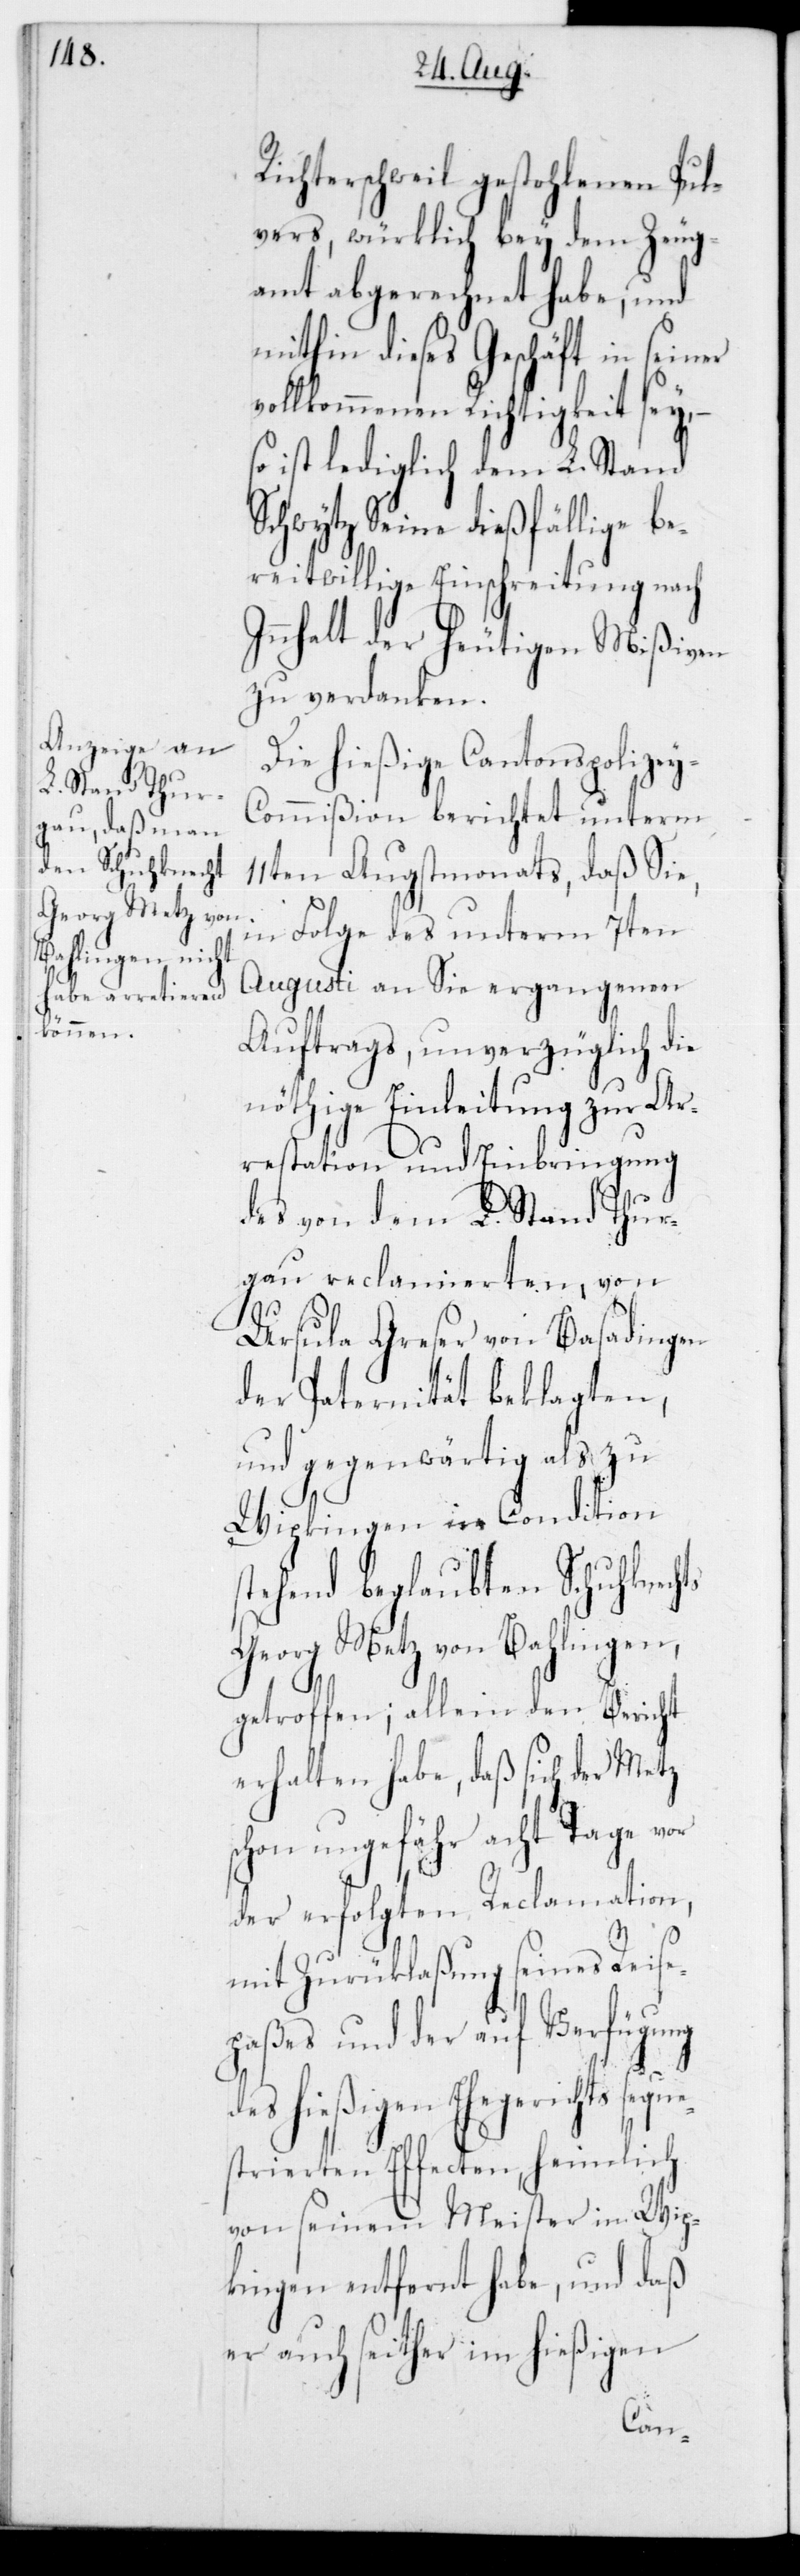
ts

Richterschweil gestohlenen Pul¬
vers, würklich bey dem Zeug¬
amt abgerechnet habe, und
mithin dieses Geschäft in seiner
vollkommenen Richtigkeit sey, –
so ist lediglich dem L. Stand
Schwytz Seine dießfällige be¬
reitwillige Einschreitung nach
Innhalt der heutigen Mißiven
zu verdanken.
Die hießige Cantonspolize¬
y-Commißion berichtet unterm
11ten Augstmonats, daß Sie,
in Folge des unterm 7ten
Augusti an Sie ergangenen
Auftrags, unverzüglich die
nöthige Einleitung zur Ar¬
restation und Einbringung
des von dem L. Stand Thur¬
gau reclamierten, von
Ursula Greser von Basadingen
der Paternität beklagten,
und gegenwärtig als zu
Wipkingen in Condition
stehend beglaubten Schuhknech¬
Georg Metz von Bahlingen,
getroffen; allein den Bericht
erhalten habe, daß sich der Metz
schon ungefähr acht Tage vor
der erfolgten Reclamation,
mit Zurücklaßung seines Reise¬
paßes und der auf Verfügung
des hießigen Ehegerichts seque¬
strierten Effecten, heimlich
von seinem Meister in Wip¬
kingen entfernt habe, und daß
er auch seither im hießigen